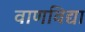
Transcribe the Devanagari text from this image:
वाणविद्या